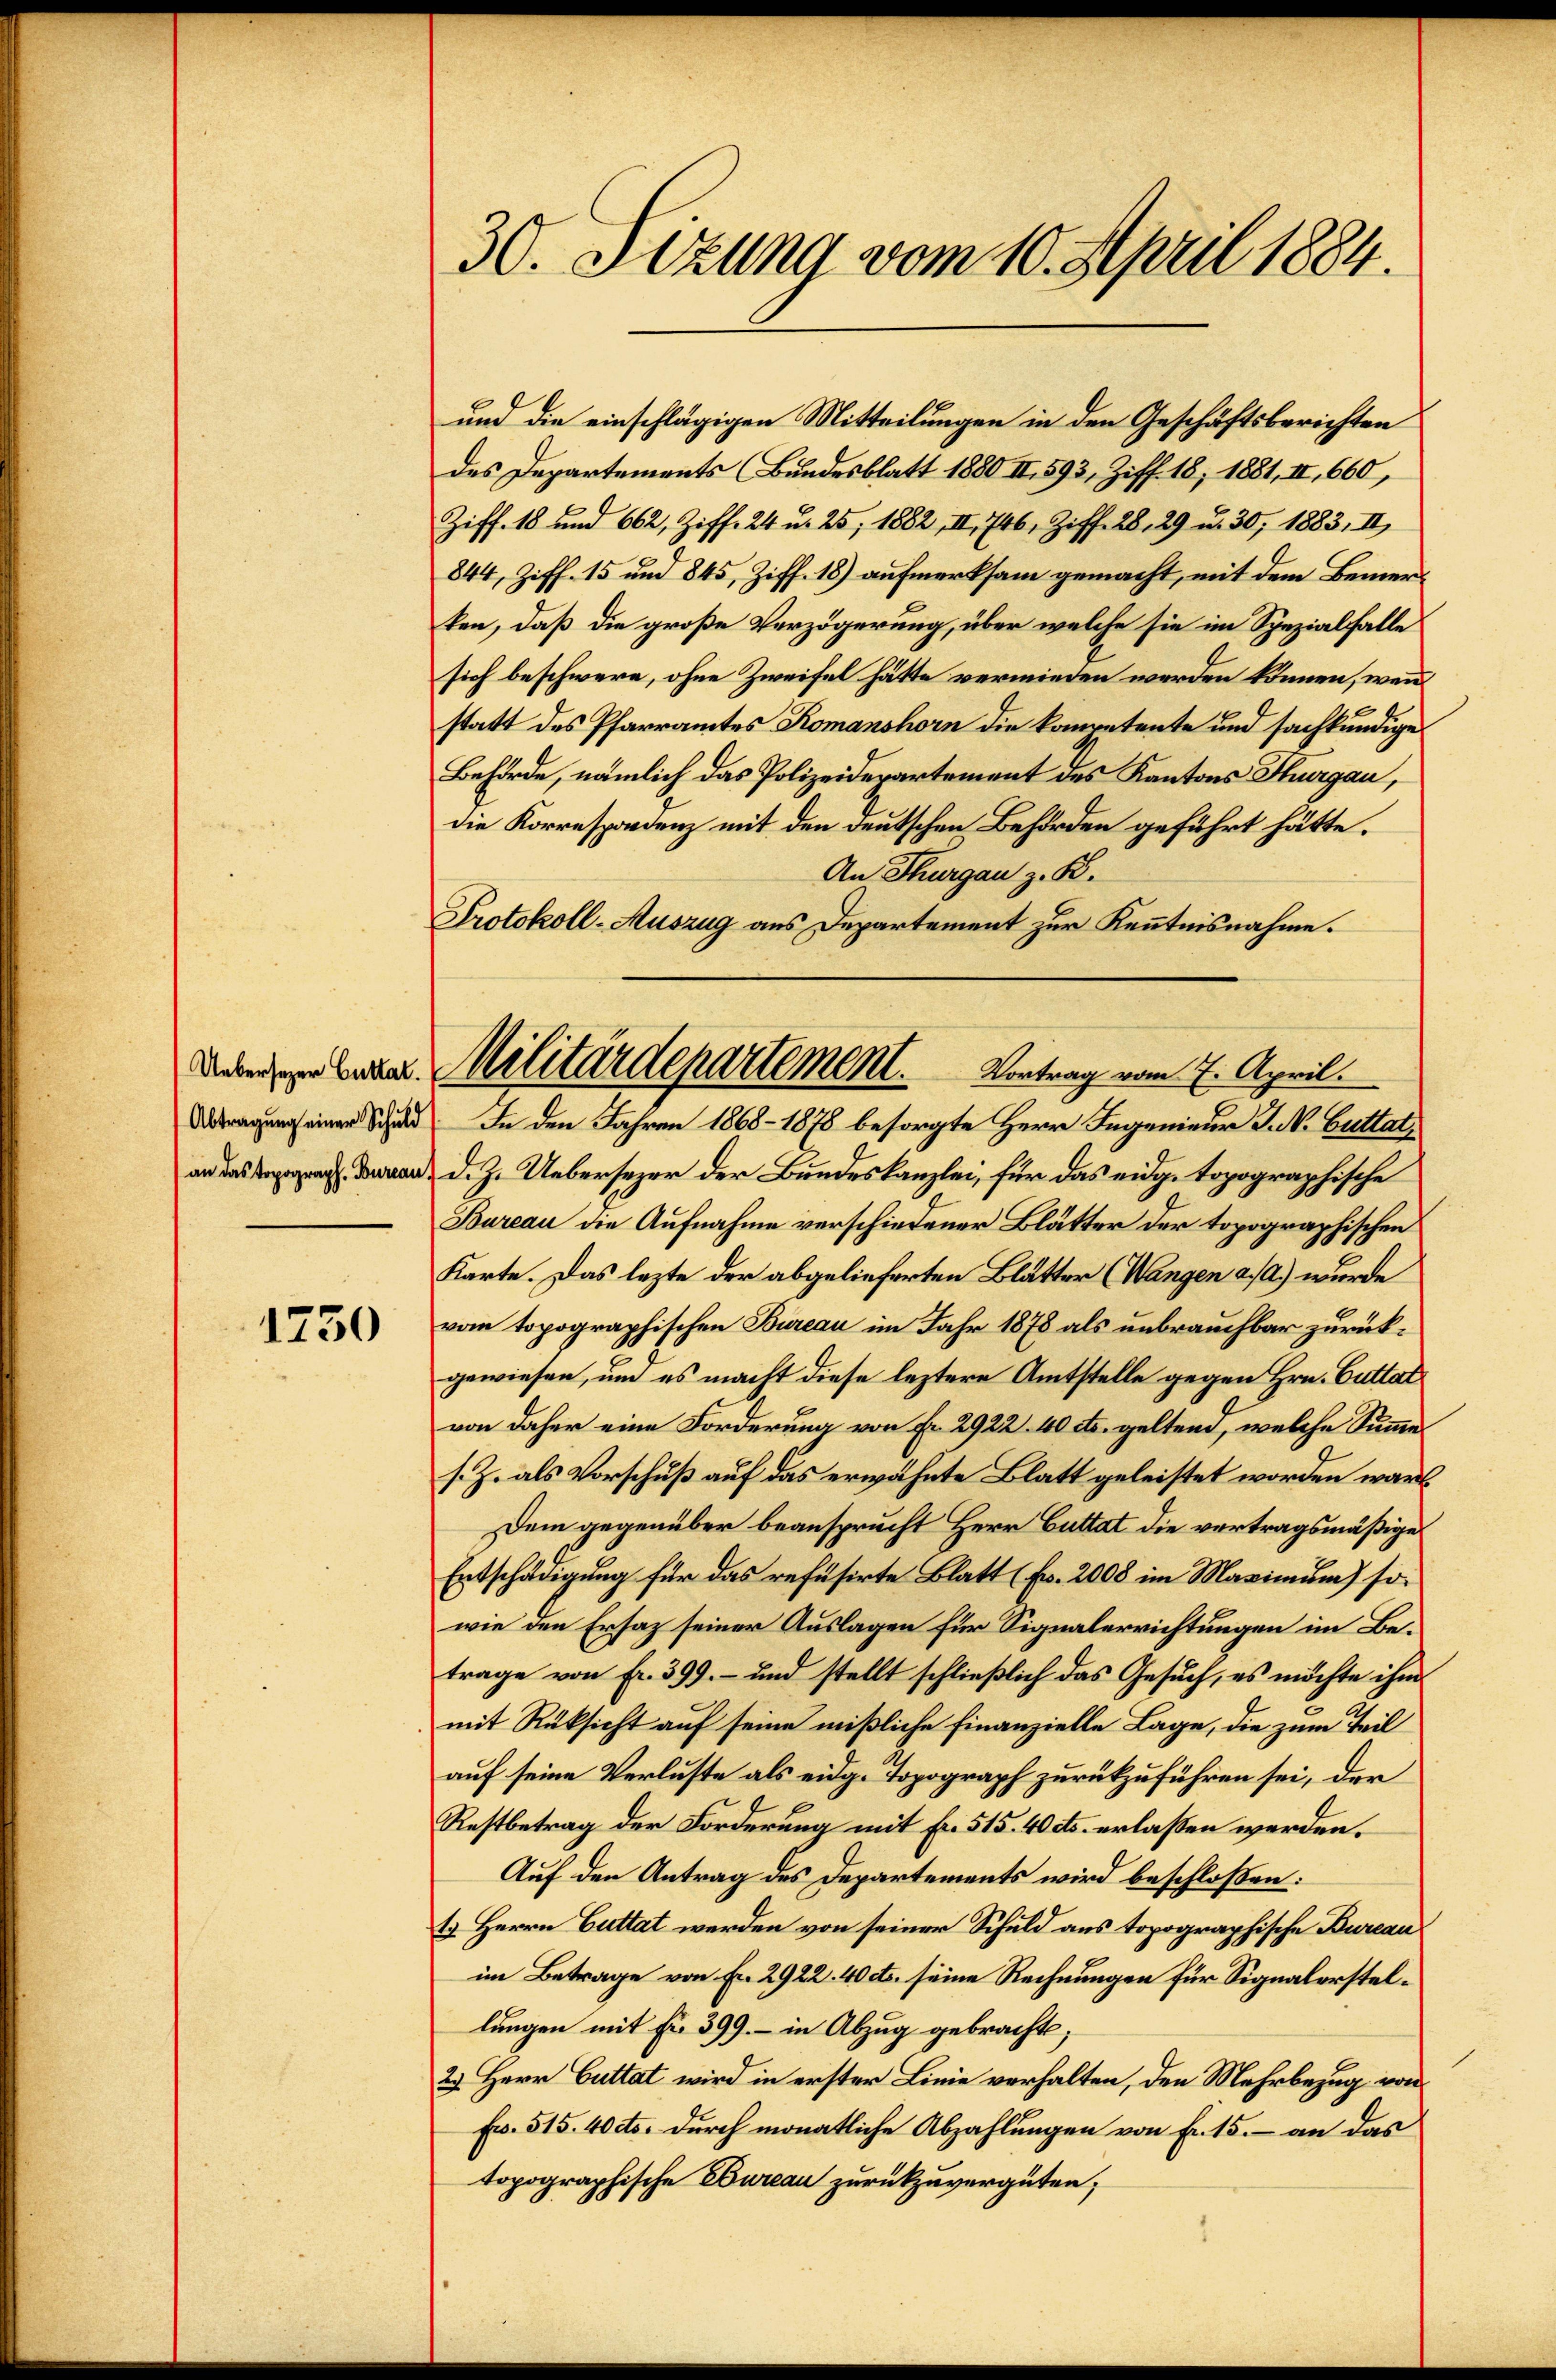
Uebersezer Guttal.

1230

30. Setzung vom 10. April 1884.

und die einschlägigen Mitteilungen in den Geschäftsberichten
des Departements (Bundesblatt 1880 II, 593, Ziff. 18, 1881, II, 660,
Ziff. 18 und 662, Ziff. 24 u. 25, 1882, II. 746, Ziff. 28, 29 u. 30; 1883, II,
844, Ziff. 15 und 845, Ziff. 18) aufmerksam gemacht, mit dem Bemerken, daß die große Verzögerung, über welche sie im Spezialfalle
sich beschwere, ohne Zweifel hätte vermieden werden können, wenn
statt des Pfarramtes Komanshorn die kompetente und sachkundige
Behörde, nämlich das Polizeiderartement des Kantons Thurgau,
die Korrespondenz mit den deutschen Behörden geführt hätte.
An Thurgau z. B.
Protokoll-Auszug aus Departement zur Kenntnisnahme.
 Drau d. Z. Uebersezer der Bundeskanzlei, für das eidg. topographische
Bureau die Aufnahme verschiedener Blätter der topographischen
Karte. Das lezte der abgelieferten Blätter (Wangen a. a.) wurde
vom topographischen Bureau im Jahr 1878 als unbrauchbar zurückgewiesen, um es macht diese leztere Amtstelle gegen Hrn. Guttal
von daher eine Forderung von Fr. 2922 40 cts. geltend, welche Summe
s. Z. als Vorschuß auf das erwähnte Blatt geleistet worden wäre,
Dem gegenüber beansprucht Herr Cuttat die vertragsmäßige
Entschädigung für das refüsirte Blatt (Fr. 2008 im Maximum) sowie den Ersaz seiner Auslagen für Signalerrichtungen im Betrage von Fr. 399.- und stellt schließlich das Gesuch, es möchte ihm
mit Rüksicht auf seine mißliche Finanzielle Lage, die zum Teil
auf seine Verluste als eidg. Topograph zurückzuführen sei, der
Restbetrag der Forderung mit fr. 515.40 cts. erlassen werden.
Auf den Antrag des Departements wird beschloßen:
1. Herrn Guttat werden von seiner Schuld aus topographische Bureau
im Betrage von Fr. 2922. 40 cts. seine Rechnungen für Signalerstellungen mit Fr. 399. – in Abzug gebracht;
2.) Herr Guttat wird in erster Linie verhalten, den Mehrbezug von
Fr. 515. 40 cts. durch monatliche Abzahlungen von Fr. 15. – an das
topographische Bureau zurückzuvergüten;

Militärdepartement. Vortrag vom 7. April.
Dragung einen Schuld. In den Jahren 1868-1878 besorgte Herr Ingenieur J. V. Buttat¬